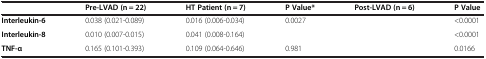
<table><thead><tr><td>[EMPTY_CELL]</td><td><b>Pre-LVAD (n = 22)</b></td><td><b>HT Patient (n = 7)</b></td><td><b>P Value*</b></td><td><b>Post-LVAD (n = 6)</b></td><td><b>P Value<sup>†</sup></b></td></tr></thead><tbody><tr><td><b>Interleukin-6</b></td><td>0.038 (0.021-0.089)</td><td>0.016 (0.006-0.034)</td><td>0.0027</td><td>[EMPTY_CELL]</td><td>&lt;0.0001</td></tr><tr><td><b>Interleukin-8</b></td><td>0.010 (0.007-0.015)</td><td>0.041 (0.008-0.164)</td><td>[EMPTY_CELL]</td><td>[EMPTY_CELL]</td><td>&lt;0.0001</td></tr><tr><td><b>TNF-α</b></td><td>0.165 (0.101-0.393)</td><td>0.109 (0.064-0.646)</td><td>0.981</td><td>[EMPTY_CELL]</td><td>0.0166</td></tr></tbody></table>